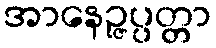
အာနေဉ္ဇပ္ပတ္တာ